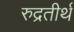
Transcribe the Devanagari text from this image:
रुद्रतीर्थ